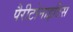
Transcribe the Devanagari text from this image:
पैरीटोनाइटिस